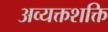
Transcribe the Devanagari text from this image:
अव्यक्तशक्ति